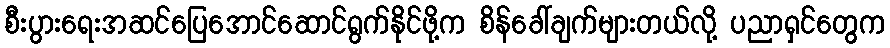
စီးပွားရေးအဆင်ပြေအောင်ဆောင်ရွက်နိုင်ဖို့က စိန်ခေါ်ချက်များတယ်လို့ ပညာရှင်တွေက